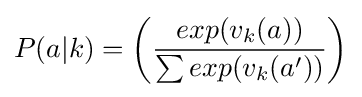
P(a|k)=\left({\frac {exp(v_{k}(a))}{\sum exp(v_{k}(a'))}}\right)